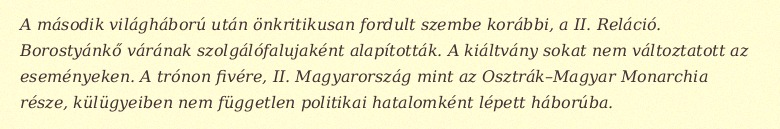
A második világháború után önkritikusan fordult szembe korábbi, a II. Reláció. Borostyánkő várának szolgálófalujaként alapították. A kiáltvány sokat nem változtatott az eseményeken. A trónon fivére, II. Magyarország mint az Osztrák–Magyar Monarchia része, külügyeiben nem független politikai hatalomként lépett háborúba.